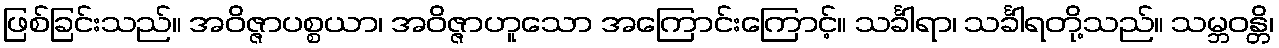
ဖြစ်ခြင်းသည်။ အဝိဇ္ဇာပစ္စယာ၊ အဝိဇ္ဇာဟူသော အကြောင်းကြောင့်။ သင်္ခါရာ၊ သင်္ခါရတို့သည်။ သမ္ဘဝန္တိ၊